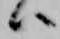
ハ